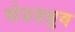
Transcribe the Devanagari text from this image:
षोडशध्रुव